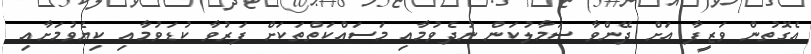
އެގޮތުން ވަޒީފާ އަށް ދޭންވާ ސަމާލުކަން ނުދެވުމާއި މަސައްކަތްތަކަށް ފަރުވާ ކުޑަވުމާއި ކިޔެވުމަށާއި